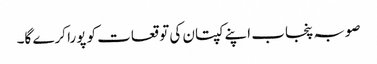
صوبہ پنجاب اپنے کپتان کی توقعات کو پورا کرے گا۔